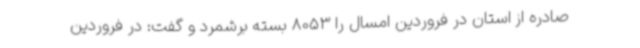
صادره از استان در فروردین امسال را 8053 بسته برشمرد و گفت: در فروردین